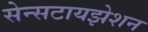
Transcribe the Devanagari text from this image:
सेन्सटायझेशन